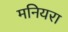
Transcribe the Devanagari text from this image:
मनियरा